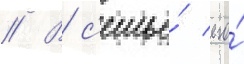
// В с'емье́ его́